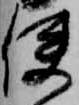
使